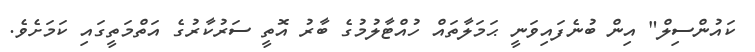
ކައުންސިލް" އިން ބުނެފައިވަނީ ޙަމަލާތައް ހުއްޓާލުމުގެ ބާރު އޮތީ ސަރުކާރުގެ އަތްމަތީގައި ކަމަށެވެ.